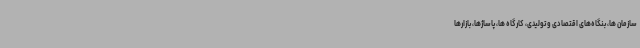
سازمان ها، بنگاه‌های اقتصادی و تولیدی، کارگاه ها، پاساژها، بازارها